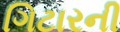
ગિટારની